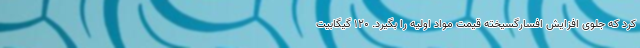
کرد که جلوی افزایش افسارگسیخته قیمت مواد اولیه را بگیرد. ۱۲۰ گیگابیت